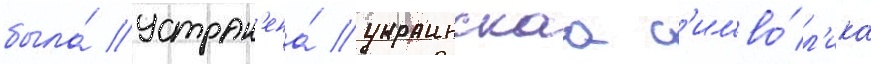
была́ устран'ена́ украинскаа с'имво́л'ика